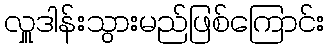
လှူဒါန်းသွားမည်ဖြစ်ကြောင်း